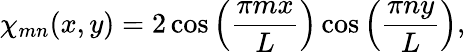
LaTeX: \chi_{mn}(x,y)=2\cos\left(\frac{\pi mx}{L}\right)\cos\left(\frac{\pi ny}{L}\right),